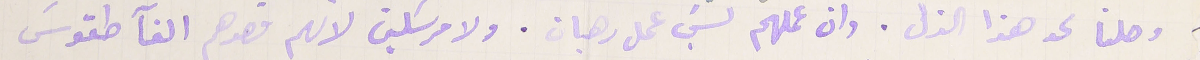
وصلنا لحد هذا الذل . وان عملهم ليسَ عمل رهبان. ولا مرسَلين لأنهم قصدهم الغآ طقوسَ